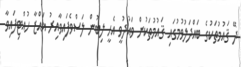
ދޭ ޤައުމުތަކުގެ ބައްދަލުވުމުގައި ޤައުމުތަކުން ވައުދުވީ އެހީ ލިބުން ލަސްވެފައިވާއިރު ޣައްޒާ ހުއްޓިފައިވާ